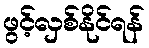
ဖွင့်လှစ်နိုင်ရန်